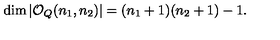
\dim | { \mathcal O } _ { Q } ( n _ { 1 } , n _ { 2 } ) | = ( n _ { 1 } + 1 ) ( n _ { 2 } + 1 ) - 1 .